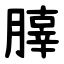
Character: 䐻